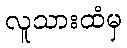
လူသားထံမှ